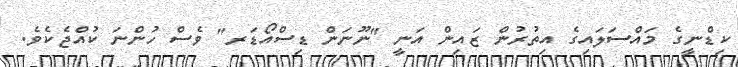
ކިޑްނީގެ މައްސަލައިގެ އިތުރުން ޒައިން އަނީ "ނޫނަން ޑިސްއޯޑަރ" ވެސް ހުންނަ ކުއްޖެކެވެ.